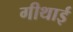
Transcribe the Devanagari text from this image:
गीथाई